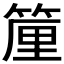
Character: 𱸑